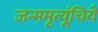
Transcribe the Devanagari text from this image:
जन्ममृत्यूंचिये